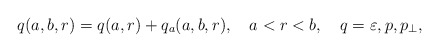
\begin{align*}q(a,b,r)=q(a,r)+q_{a}(a,b,r),\quad a<r<b,\quad q=\varepsilon,p,p_{\perp }, \end{align*}